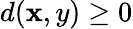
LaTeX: d(\mathbf{x},y)\geq0